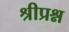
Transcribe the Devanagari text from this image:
श्रीप्रश्न